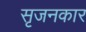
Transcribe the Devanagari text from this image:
सृजनकार